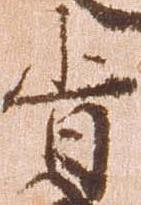
旨